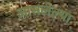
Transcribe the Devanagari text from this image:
आसलेल्या